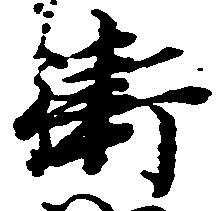
衛